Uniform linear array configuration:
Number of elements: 8
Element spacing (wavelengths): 0.25
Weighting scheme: hann
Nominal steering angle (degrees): -45
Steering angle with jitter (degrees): -46.949
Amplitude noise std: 0.05
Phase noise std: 0.05

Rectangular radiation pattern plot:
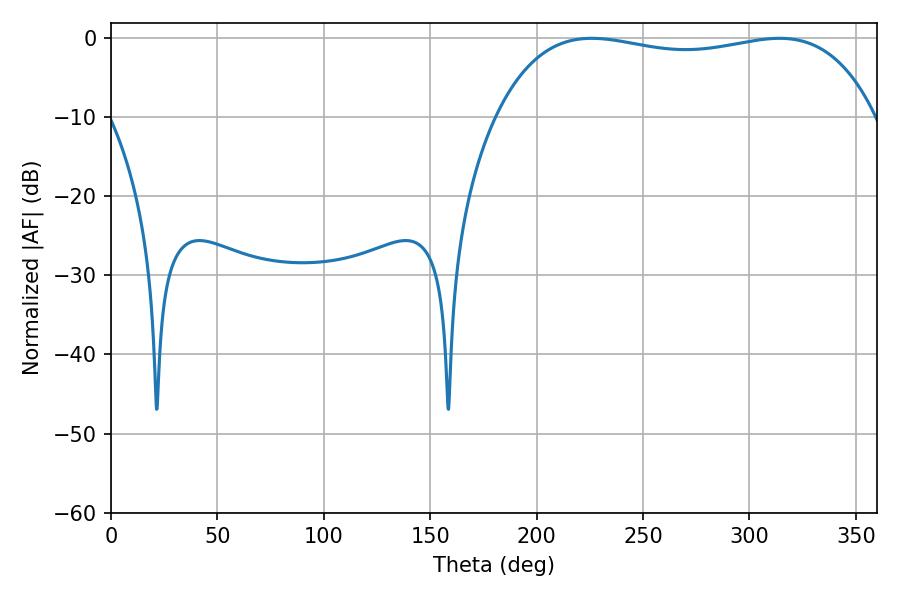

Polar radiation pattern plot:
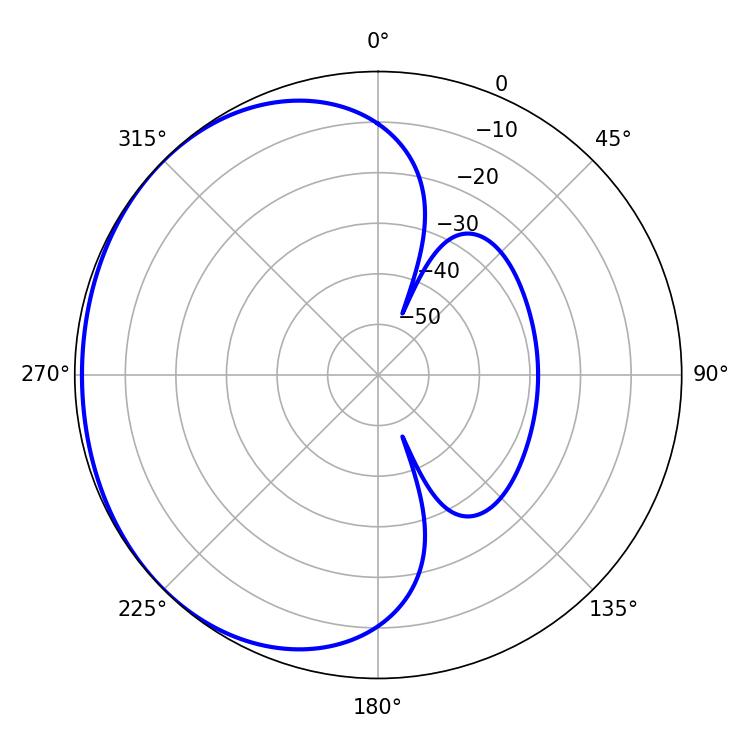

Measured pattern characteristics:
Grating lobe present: FALSE
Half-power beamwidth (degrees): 143.64
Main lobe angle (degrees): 225.9